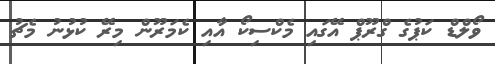
ވޯލްޑް ކަޕުގެ ގްރޫޕް އޭގައި މެކްސިކޯ އާއި ކެމަރޫން މިރޭ ކުޅުނު މެޗު